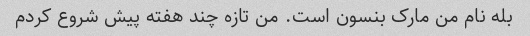
بله نام من مارک بنسون است. من تازه چند هفته پیش شروع کردم